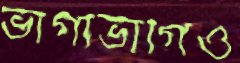
ভাগাভাগিও